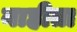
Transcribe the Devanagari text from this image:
नाहीता